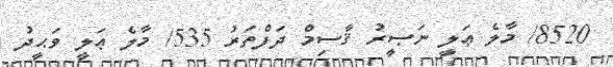
8520/ މާލެ ޢަލީ ނަޞީރު ޤާސިމް ދަފްތަރު 535/ މާލެ ޢަލީ ވަޙީދު